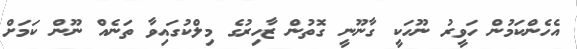
އެހެންކަމުން ހަވީރު ނޫހަކީ ގާނޫނީ ގޮތުން ޒާހިރުގެ މިލްކުގައިވާ ތަނެއް ނޫން ކަމަށް